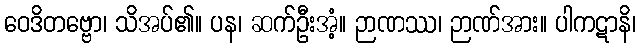
ဝေဒိတဗ္ဗော၊ သိအပ်၏။ ပန၊ ဆက်ဦးအံ့။ ဉာဏဿ၊ ဉာဏ်အား။ ပါကဋာနိ၊